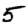
Digit: 5